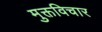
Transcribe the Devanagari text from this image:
मुक्तविचार